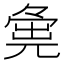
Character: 𡖴